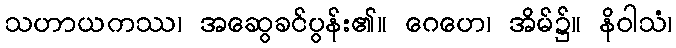
သဟာယကဿ၊ အဆွေခင်ပွန်း၏။ ဂေဟေ၊ အိမ်၌။ နိဝါသံ၊